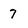
Character: 7